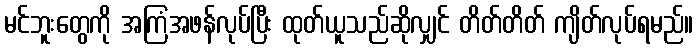
မင်ဘူးတွေကို အကြံအဖန်လုပ်ပြီး ထုတ်ယူသည်ဆိုလျှင် တိတ်တိတ် ကျိတ်လုပ်ရမည်။